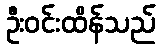
ဦးဝင်းထိန်သည်